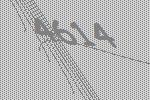
4614